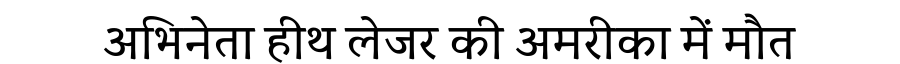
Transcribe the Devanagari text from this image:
अभिनेता हीथ लेजर की अमरीका में मौत